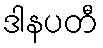
ဒါနပတီ